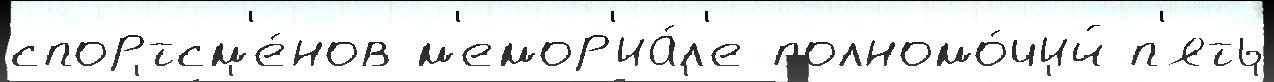
спортсм'е́нов м'емор'иа́л'е полномо́чий п'ять